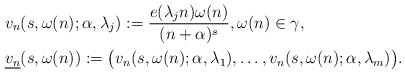
\begin{align*}&v_n (s,\omega(n);\alpha,\lambda_j) := \frac{e(\lambda_j n)\omega(n)}{(n+\alpha)^{s}},\omega(n) \in \gamma,\\&\underline{v_n} (s,\omega(n)) := \bigl( v_n(s,\omega(n);\alpha,\lambda_1),\ldots, v_n (s,\omega(n);\alpha,\lambda_m) \bigr).\end{align*}